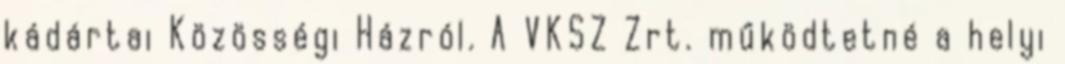
kádártai Közösségi Házról. A VKSZ Zrt. működtetné a helyi